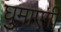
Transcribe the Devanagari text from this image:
घुमाएगी